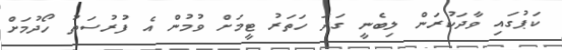
ކަޕުގައި ވާދަކުރަން ލިބެނީ ގަދަ ހަތަރު ޓީމަށް ވުމުން އެ ފުރުސަތު ހޯދުމަށް